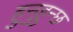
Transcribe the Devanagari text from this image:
हुनुहुन्छ